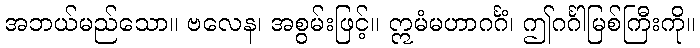
အဘယ်မည်သော။ ဗလေန၊ အစွမ်းဖြင့်။ ဣမံမဟာဂင်္ဂံ၊ ဤဂင်္ဂါမြစ်ကြီးကို။